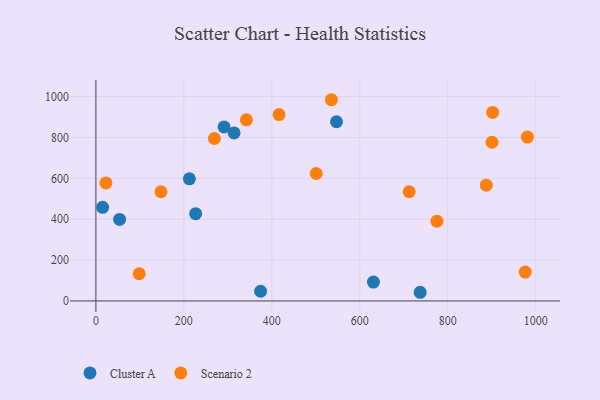
{"axis": {"x": "Experience", "y": "Exam Score"}, "legend": ["Cluster A", "Scenario 2"], "data": [{"x": "15.3", "y": 458.1, "type": "Cluster A"}, {"x": "631.0", "y": 92.5, "type": "Cluster A"}, {"x": "374.5", "y": 47.5, "type": "Cluster A"}, {"x": "212.5", "y": 598.0, "type": "Cluster A"}, {"x": "547.0", "y": 877.3, "type": "Cluster A"}, {"x": "737.2", "y": 42.4, "type": "Cluster A"}, {"x": "53.9", "y": 399.1, "type": "Cluster A"}, {"x": "226.8", "y": 427.4, "type": "Cluster A"}, {"x": "314.2", "y": 822.7, "type": "Cluster A"}, {"x": "291.4", "y": 852.0, "type": "Cluster A"}, {"x": "902.1", "y": 923.0, "type": "Scenario 2"}, {"x": "775.4", "y": 390.3, "type": "Scenario 2"}, {"x": "148.0", "y": 534.5, "type": "Scenario 2"}, {"x": "976.2", "y": 141.5, "type": "Scenario 2"}, {"x": "712.2", "y": 534.4, "type": "Scenario 2"}, {"x": "500.9", "y": 623.8, "type": "Scenario 2"}, {"x": "22.7", "y": 577.5, "type": "Scenario 2"}, {"x": "416.4", "y": 912.5, "type": "Scenario 2"}, {"x": "98.5", "y": 133.0, "type": "Scenario 2"}, {"x": "342.2", "y": 886.4, "type": "Scenario 2"}, {"x": "269.4", "y": 795.3, "type": "Scenario 2"}, {"x": "887.7", "y": 566.9, "type": "Scenario 2"}, {"x": "981.0", "y": 802.4, "type": "Scenario 2"}, {"x": "900.6", "y": 776.8, "type": "Scenario 2"}, {"x": "535.5", "y": 985.0, "type": "Scenario 2"}]}